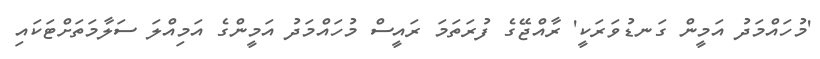
'މުހައްމަދު އަމީން ގަނޑުވަރަކީ' ރާއްޖޭގެ ފުރަތަމަ ރައީސް މުހައްމަދު އަމީންގެ އަމިއްލަ ސަލާމަތަށްޓަކައި